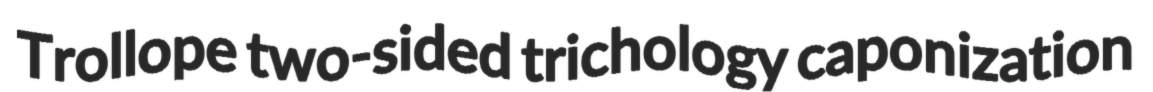
Trollope two-sided trichology caponization